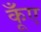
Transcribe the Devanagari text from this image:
कूँए